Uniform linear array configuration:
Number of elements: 4
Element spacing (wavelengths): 0.75
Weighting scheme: uniform
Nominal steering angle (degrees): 60
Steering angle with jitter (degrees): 60.729
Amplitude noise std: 0.05
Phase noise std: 0.05

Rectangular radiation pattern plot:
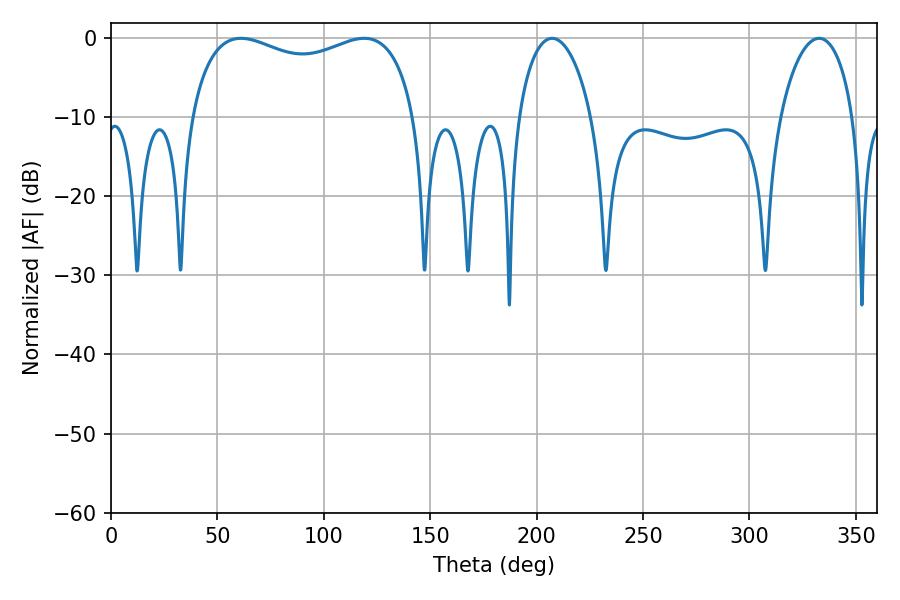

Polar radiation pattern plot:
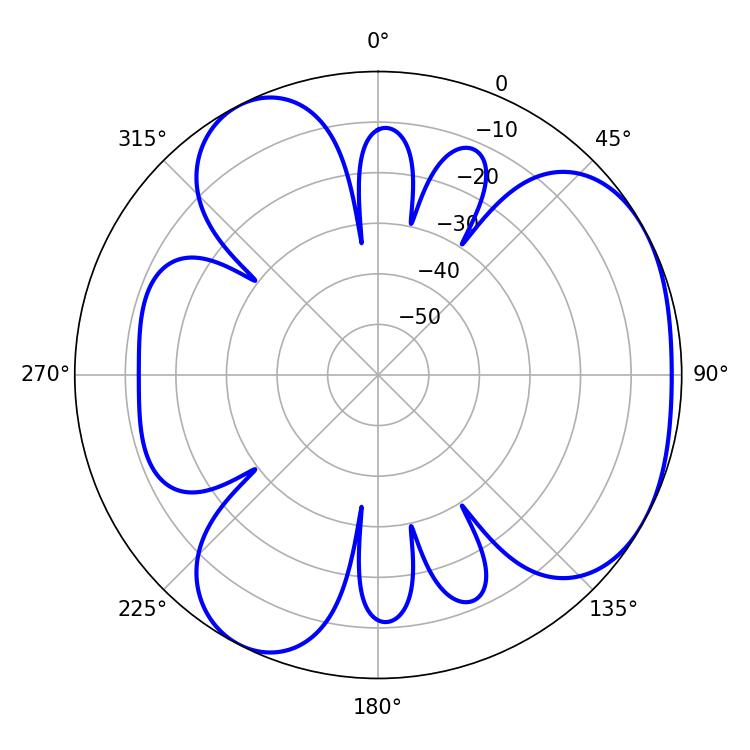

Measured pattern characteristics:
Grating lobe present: TRUE
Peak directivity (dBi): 4.039
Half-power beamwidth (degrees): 87.12
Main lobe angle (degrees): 61.02